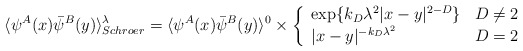
\begin{align*}\langle \psi^A(x)\bar\psi^B(y)\rangle_{Schroer}^\lambda=\langle \psi^A(x)\bar\psi^B(y)\rangle^0\times\left\{\begin{array}{ll}\exp\{k_D \lambda^2 |x-y|^{2-D}\} & D\neq 2 \\|x-y|^{-k_D \lambda^2} & D=2\end{array}\right.\end{align*}